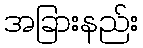
အခြားနည်း